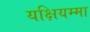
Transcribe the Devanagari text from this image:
यक्षियम्मा